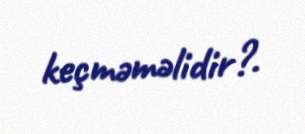
keçməməlidir?.